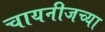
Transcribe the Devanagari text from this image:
चायनीजच्या